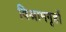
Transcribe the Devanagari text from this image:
विश्रामगृहों